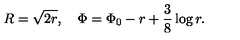
R = \sqrt { 2 r } , \quad \Phi = \Phi _ { 0 } - r + \frac { 3 } { 8 } \log r .